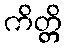
ကိတ္တိ